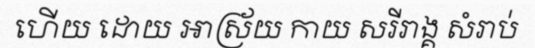
ហើយ ដោយ ឤស្រ័យ កាយ សរីរាង្គ សំរាប់